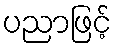
ပညာဖြင့်